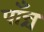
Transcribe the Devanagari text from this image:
पाँन्च